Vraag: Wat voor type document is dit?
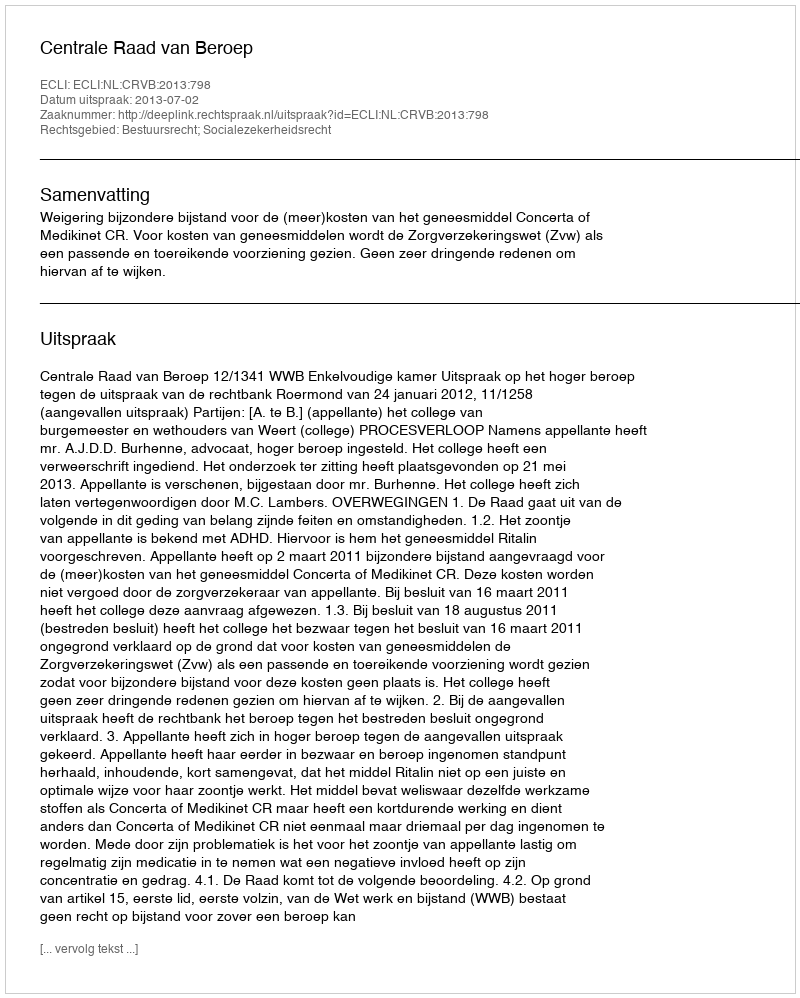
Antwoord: Uitspraak